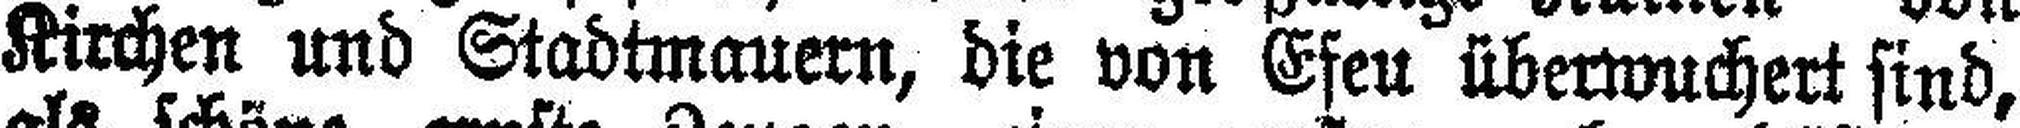
Kirchen und Stadtmauern, die von Efeu überwuchert sind,